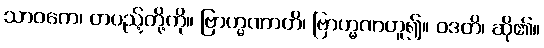
သာဝကေ၊ တပည့်တို့ကို။ ဗြာဟ္မဏာတိ၊ ဗြာဟ္မဏဟူ၍။ ဝဒတိ၊ ဆို၏။